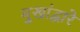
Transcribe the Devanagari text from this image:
मुखांद्वारे